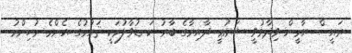
ރައީސް ޔާމީން ވިދާޅުވީ ޝަރުޢީ ދާއިރާގެ ބާރު ކަނޑުވާލުމަކީ ޤައުމުގެ އެންމެ މުހިންމު